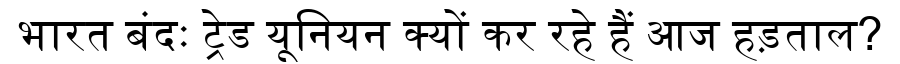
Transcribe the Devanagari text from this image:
भारत बंदः ट्रेड यूनियन क्यों कर रहे हैं आज हड़ताल?